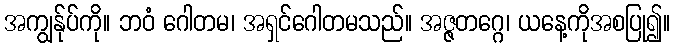
အကျွန်ုပ်ကို။ ဘဝံ ဂေါတမ၊ အရှင်ဂေါတမသည်။ အဇ္ဇတဂ္ဂေ၊ ယနေ့ကိုအစပြု၍။